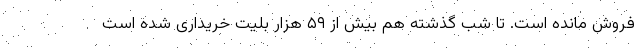
فروش مانده است. تا شب گذشته هم بیش از ۵۹ هزار بلیت خریداری شده است